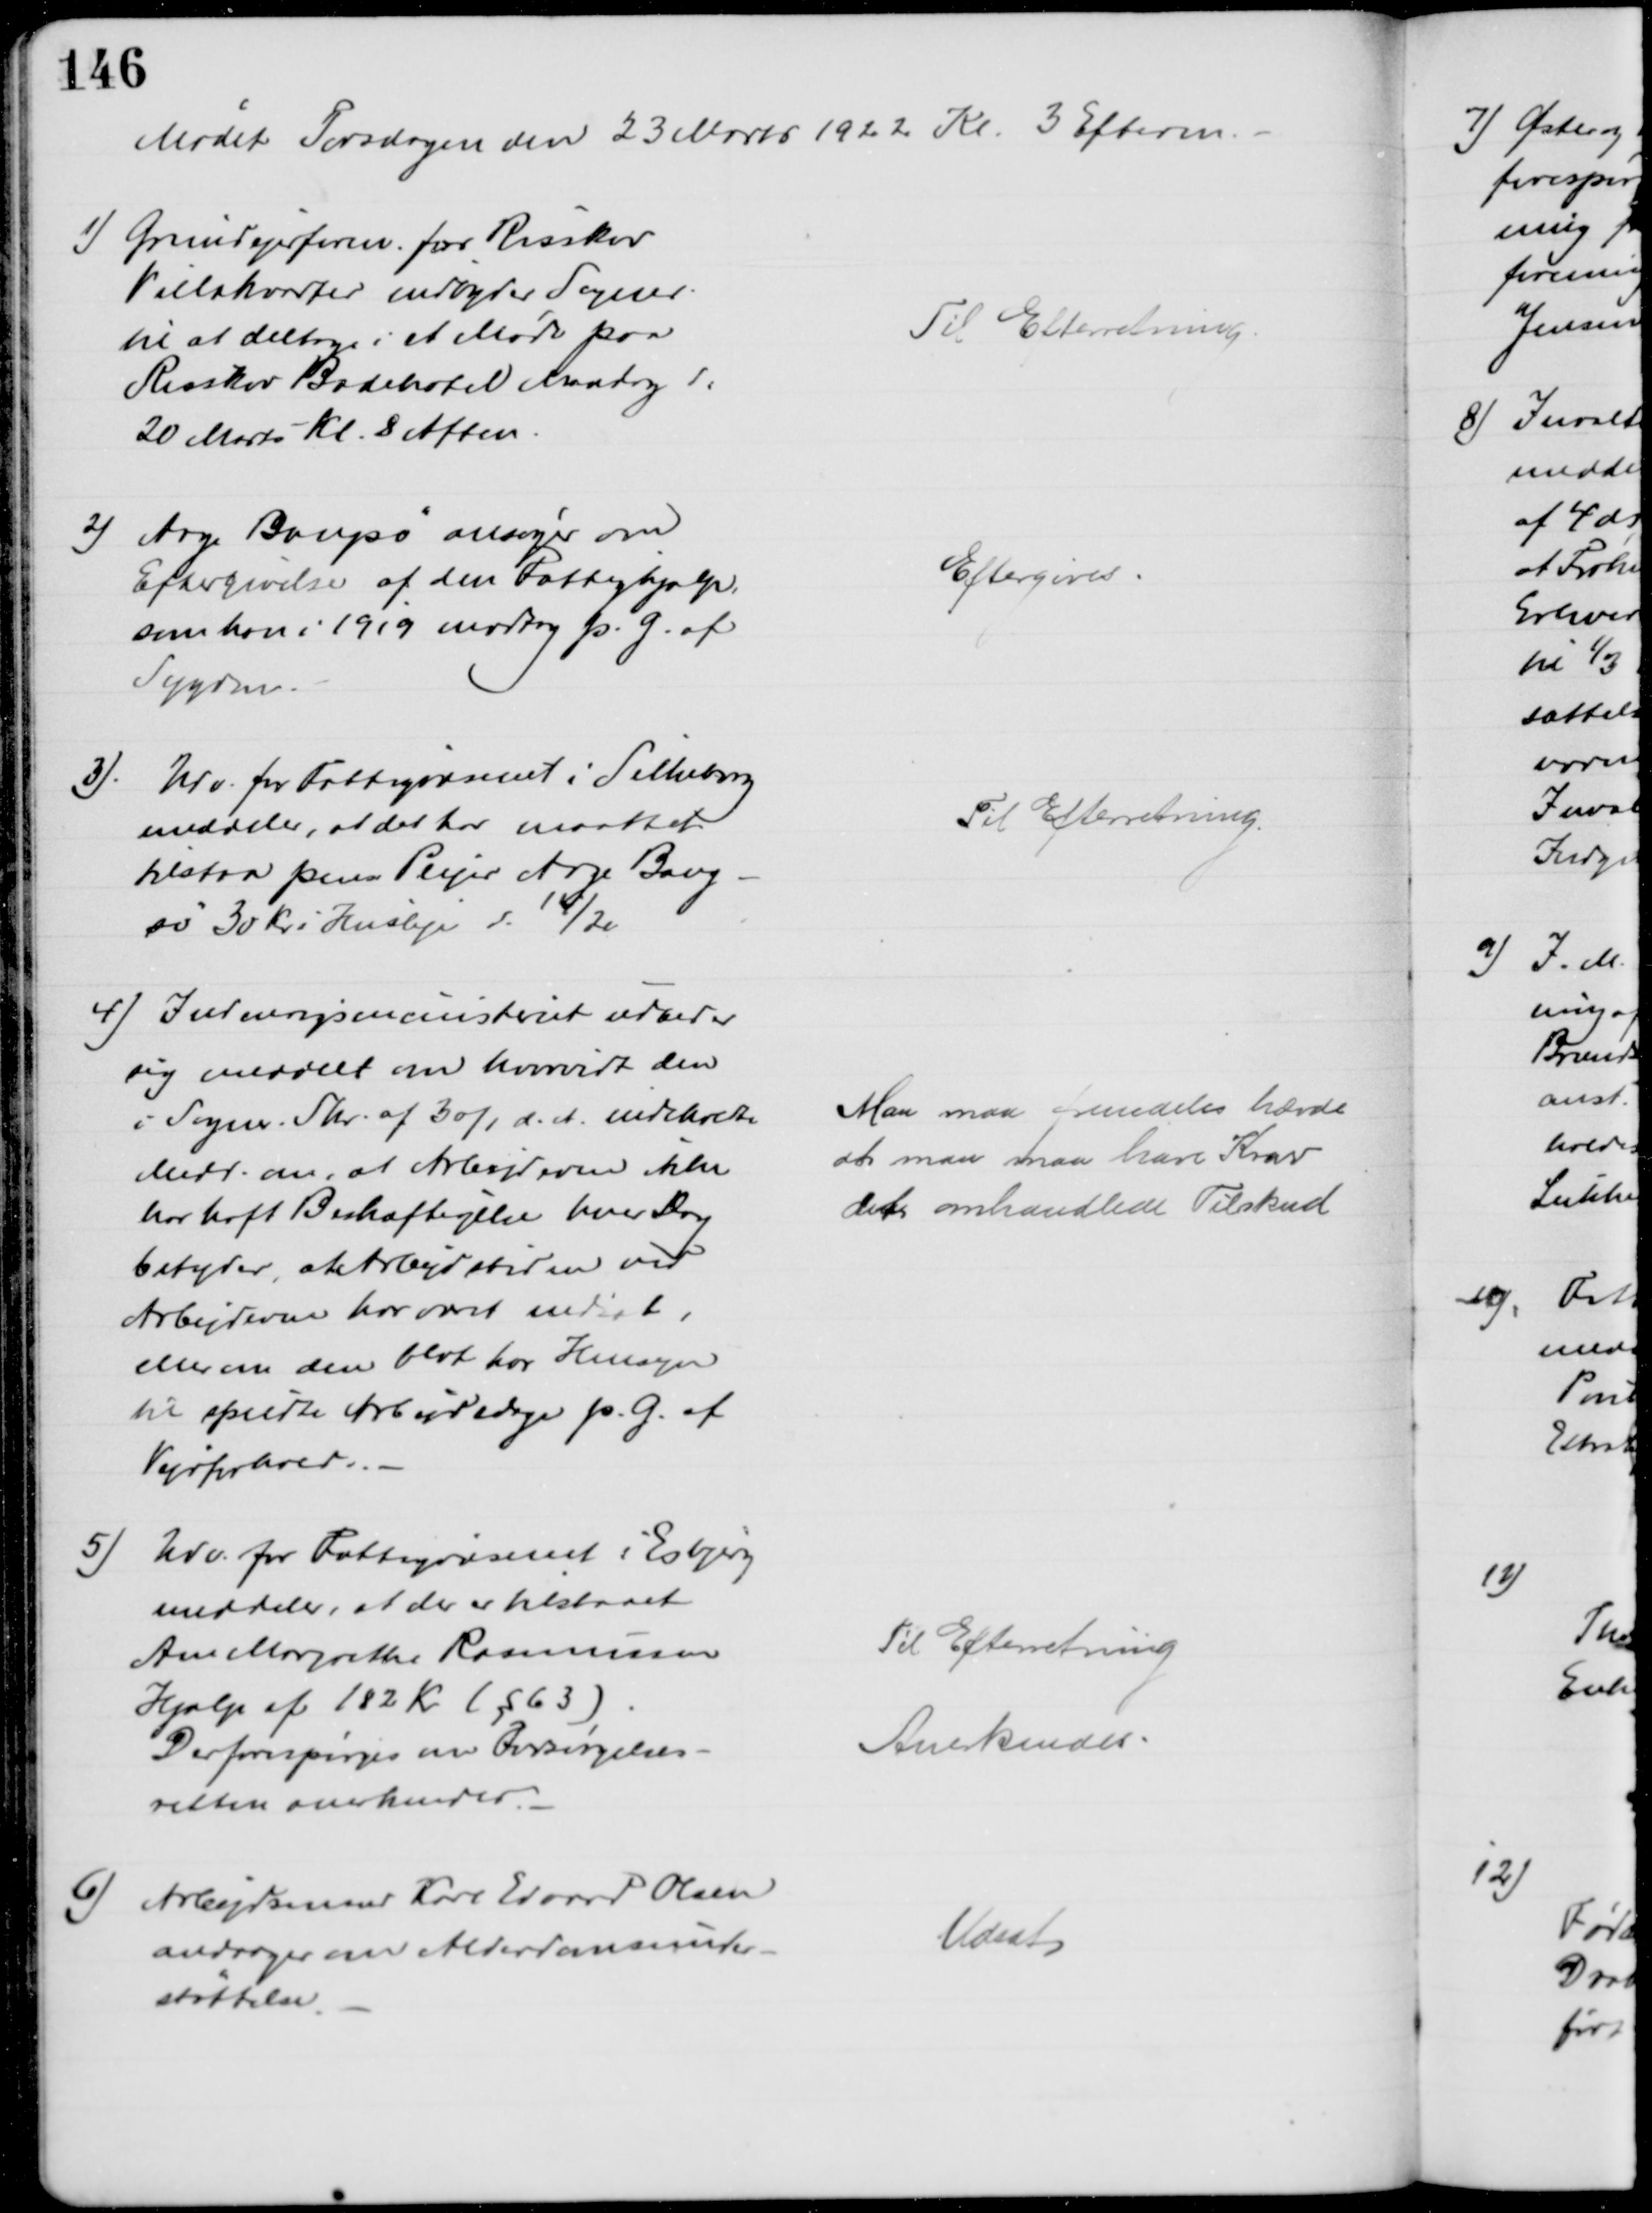
Transskription:
Mødet Torsdagen den 23 Marts 1922 Kl. 3 Efterm.
1) Grundejerforen. for Risskov
Villakvarter indbyder Sogner.
til at deltage i et Møde paa
Risskov Badehotel Mandag d:
20 Marts Kl. 8 Aften.
Til Efterretning.
2)
Aage Bangsø ansøger om
Eftergivelse af den Fattighjælp.
som han i 1919 modtog p. G. af
Sygdom.
Eftergives
3). Udv. for Fattigvæsenet i Silkeborg
meddeler, at det har maattet
tilstaa pens. Plejer Aage Bang-
sø 30 Kr i Husleje d. 14/2
Til Efterretning.
4) Indenrigsministeriet udbeder
sig meddelt om hvorvidt den
i Sogne. Skr. af 30/1 d. A. indeholdte
Medd. om, at Arbejderne ikke
har haft Beskæftigelse hver Dag
betyder, at Arbejdstiden ved
Arbejderne har været nedsat,
eller om den blot har Hensyn
til spredte Arbejdsdage p. G. af
Vejrforhold
Man maa fremdeles hævde
at man maa have Krav
det omhandlede Tilskud
5)
Udv. for Fattigvæsenet i Esbjerg
meddeler, at der tilstaaet
Ane Margrethe Rasmussen
Hjælp af 182 Kr ( §63)
Der forespørges om Forsørgelses-
retten anerkendes
Til Efterretning
Anerkendes
6)
Arbejdsmand Karl Edvard Olsen
andrager om Alderdomsunder-
støttelse
Udsat